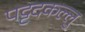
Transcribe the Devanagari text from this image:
पट्टदकल्लु